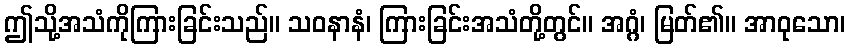
ဤသို့အသံကိုကြားခြင်းသည်။ သဝနာနံ၊ ကြားခြင်းအသံတို့တွင်။ အဂ္ဂံ၊ မြတ်၏။ အာဝုသော၊